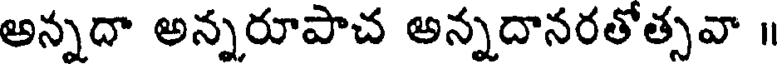
అన్నదా అన్నరూపాచ అన్నదానరతోత్సవా ॥